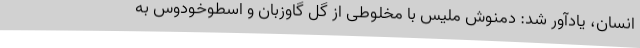
انسان، یادآور شد: دمنوش ملیس با مخلوطی از گل گاوزبان و اسطوخودوس به